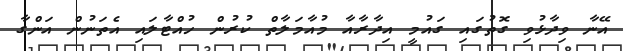
އޭނާ ވިދާޅުވި ގޮތުގައި ގައުމީ އިދާރާއާ މުއާމަލާތް ކުރުން ހުއްޓާލައި އެތަނުން އަންގާ